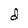
Character: d